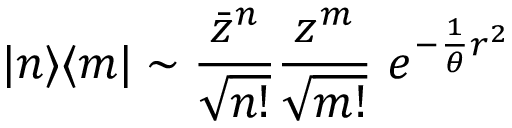
| n \rangle \langle m | \sim \frac { \bar { z } ^ { n } } { \sqrt { n ! } } \frac { z ^ { m } } { \sqrt { m ! } } \ e ^ { - \frac { 1 } { \theta } r ^ { 2 } }